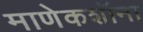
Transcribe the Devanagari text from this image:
माणेकशॉना